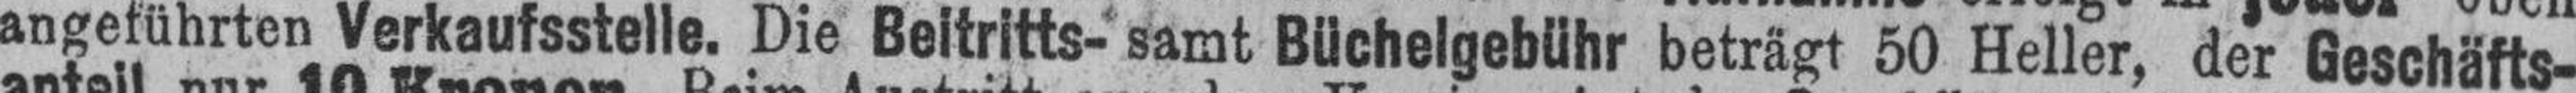
angeführten Verkaufsstelle. Die Beitritts- samt Büchelgebühr beträgt 50 Heller, der Geschäfts¬